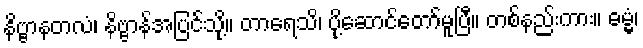
နိဗ္ဗာနတလံ၊ နိဗ္ဗာန်အပြင်သို့။ တာရေသိ၊ ပို့ဆောင်တော်မူပြီ။ တစ်နည်းကား။ ဓမ္မံ၊